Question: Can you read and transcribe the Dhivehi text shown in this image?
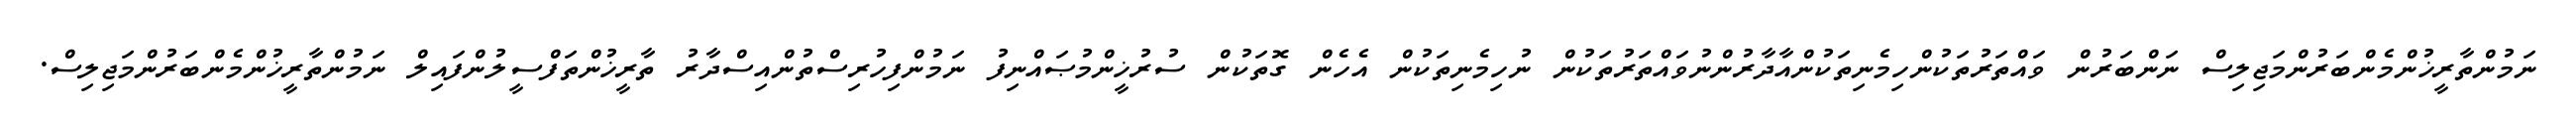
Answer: ނަމުންތާރީޚުންމެންބަރުންމަޖިލިސް ނަންބަރުން ވައްތަރުތަކުންހިމެނިތަކުންއާދާރުންނުވައްތަރުތަކުން ނުހިމެނިތަކުން އެހެން ގޮތަކުން ސުރުޚީންމުޞައްނިފު ނަމުންފިހުރިސްތުންއިސްދާރު ތާރީޚުންތަފްސީލުންފައިލް ނަމުންތާރީޚުންމެންބަރުންމަޖިލިސް.